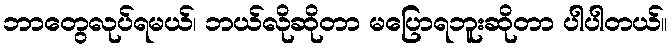
ဘာတွေလုပ်ရမယ်၊ ဘယ်လိုဆိုတာ မပြောရဘူးဆိုတာ ပါပါတယ်။